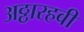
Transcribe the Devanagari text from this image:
अठ्ठारहवी